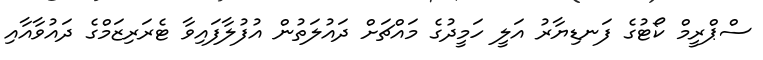
ސްޕްރީމް ކޯޓުގެ ފަނޑިޔާރު އަލީ ހަމީދުގެ މައްޗަށް ދައުލަތުން އުފުލާފައިވާ ޓެރަރިޒަމްގެ ދައުވާއާއި